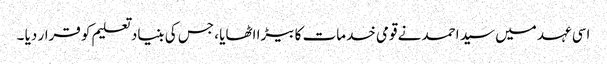
اسی عہد میں سید احمد نے قومی خدمات کا بیڑا اٹھایا ، جس کی بنیاد تعلیم کو قرار دیا ۔